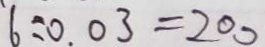
6 \div 0 . 0 3 = 2 0 0